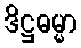
ဒိဋ္ဌဓမ္မာ